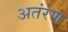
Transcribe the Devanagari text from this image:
अतंरण